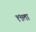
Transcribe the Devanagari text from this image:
१९ला